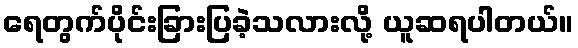
ရေတွက်ပိုင်းခြားပြခဲ့သလားလို့ ယူဆရပါတယ်။